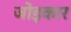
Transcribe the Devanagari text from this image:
जोड़कार